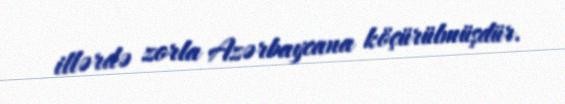
illərdə zorla Azərbaycana köçürülmüşdür.